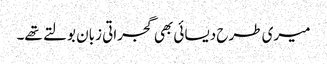
میری طرح دیسائی بھی گجراتی زبان بولتے تھے۔